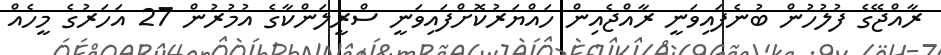
ރާއްޖޭގެ ފުލުހުން ބުނެފައިވަނީ ރާއްޖެއިން ހައްޔަރުކޮށްފައިވަނީ ސްރީލަންކާގެ އުމުރުން 27 އަހަރުގެ މީހެއް